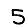
Digit: 5